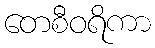
တေစီဝရိကာ